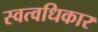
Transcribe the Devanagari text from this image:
स्वत्वधिकार